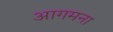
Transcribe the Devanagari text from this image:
आगमना